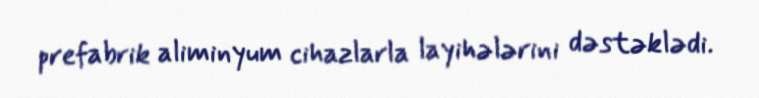
prefabrik aliminyum cihazlarla layihələrini dəstəklədi.